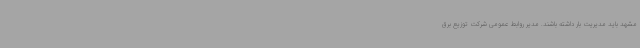
مشهد باید مدیریت بار داشته باشند. مدیر روابط عمومی شرکت توزیع برق